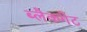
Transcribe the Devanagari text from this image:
ब्लैकगेट